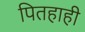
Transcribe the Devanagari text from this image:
पितहाही